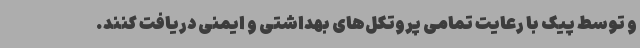
و توسط پیک با رعایت تمامی پروتکل‌های بهداشتی و ایمنی دریافت کنند.